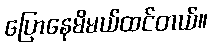
ပြောနေမိမယ်ထင်တယ်။